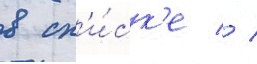
в сп'и́ск'е